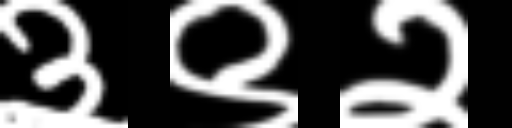
Text: ३९२